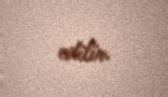
edilir.